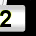
Digit: 2